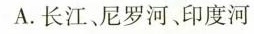
A.长江、尼罗河、印度河